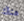
هناك